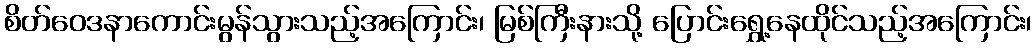
စိတ်ဝေဒနာကောင်းမွန်သွားသည့်အကြောင်း၊ မြစ်ကြီးနားသို့ ပြောင်းရွှေ့နေထိုင်သည့်အကြောင်း၊